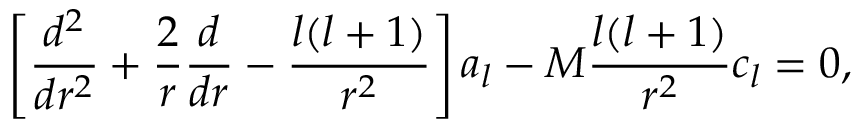
\left[ { \frac { d ^ { 2 } } { d r ^ { 2 } } } + { \frac { 2 } { r } } { \frac { d } { d r } } - { \frac { l ( l + 1 ) } { r ^ { 2 } } } \right] a _ { l } - M { \frac { l ( l + 1 ) } { r ^ { 2 } } } c _ { l } = 0 ,